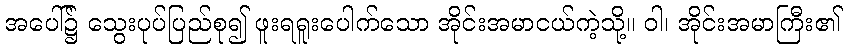
အပေါ်၌ သွေးပုပ်ပြည်စု၍ ဖူးရရူးပေါက်သော အိုင်းအမာငယ်ကဲ့သို့။ ဝါ၊ အိုင်းအမာကြီး၏